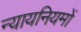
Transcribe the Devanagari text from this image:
न्यायनियमों